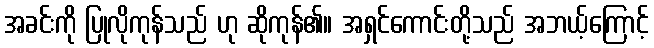
အခင်းကို ပြုလိုကုန်သည် ဟု ဆိုကုန်၏။ အရှင်ကောင်းတို့သည် အဘယ့်ကြောင့်